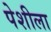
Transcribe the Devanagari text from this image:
पेशीला